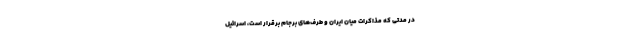
در مدتی که مذاکرات میان ایران و طرف‌های برجام برقرار است، اسرائیل